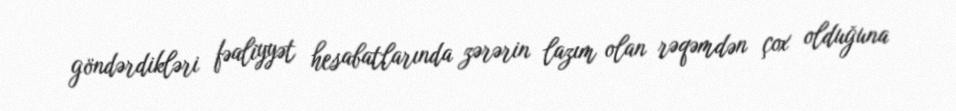
göndərdikləri fəaliyyət hesabatlarında zərərin lazım olan rəqəmdən çox olduğuna